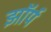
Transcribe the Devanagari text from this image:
झॉर्प